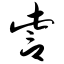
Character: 訾